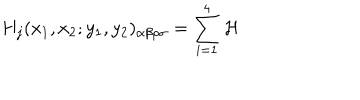
LaTeX: H _ { j } ( x _ { 1 } , x _ { 2 } ; y _ { 1 } , y _ { 2 } ) _ { \alpha \beta \rho \sigma } = \sum _ { i = 1 } ^ { 4 } { \cal H }